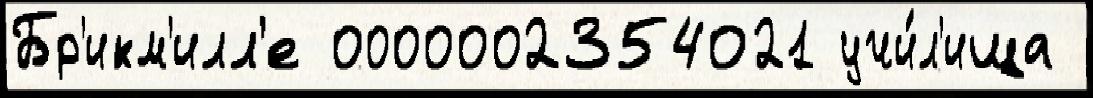
Бр'икм'илл'е 0000002354021 учи́л'ища